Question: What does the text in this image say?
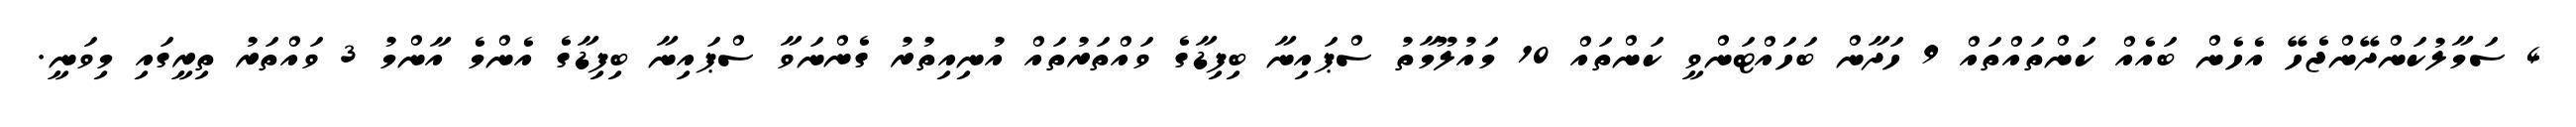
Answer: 4 ސަމާލުކަންދޭންޖެހޭ އެހެން ބައެއް ކަންތައްތައް 9 ހަދާން ބަހައްޓަންވީ ކަންތައް 10 މައުލޫމާތު ސްޕައިނާ ބިފިޑާގެ ވައްތަރުތައް އުނިއިތުރު ގެންނަވާ ސްޕައިނާ ބިފިޑާގެ އެންމެ އާންމު 3 ވައްތަރު ތިރީގައި މިވަނީ.